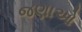
જણાઓ